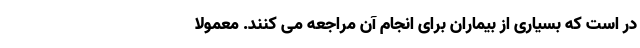
در است که بسیاری از بیماران برای انجام آن مراجعه می کنند. معمولا